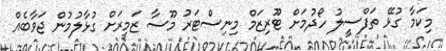
މިކަމާ ގުޅޭ ތަފްސީލު ހޯދުމަށް ޓޫރިޒަމް މިނިސްޓަރު މޫސާ ޒަމީރަށް ގުޅާލުމުން ޖަވާބެއް